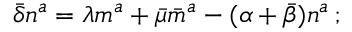
{ \bar { \delta } } n ^ { a } = \lambda m ^ { a } + { \bar { \mu } } { \bar { m } } ^ { a } - ( \alpha + { \bar { \beta } } ) n ^ { a } \, ;